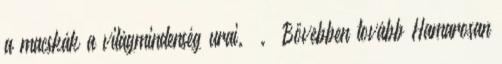
a macskák a világmindenség urai. . Bővebben tovább Hamarosan